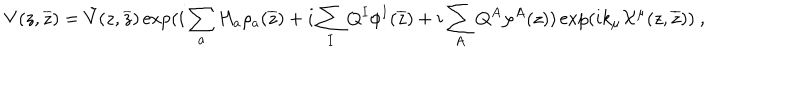
V ( z , { \overline { { z } } } ) = { \tilde { V } } ( z , { \overline { { z } } } ) \exp ( i \sum _ { a } H _ { a } \rho _ { a } ( { \overline { { z } } } ) + i \sum _ { I } Q ^ { I } \phi ^ { I } ( { \overline { { z } } } ) + i \sum _ { A } Q ^ { A } \varphi ^ { A } ( z ) ) \exp ( i k _ { \mu } { \cal X } ^ { \mu } ( z , { \overline { { z } } } ) ) ~ ,